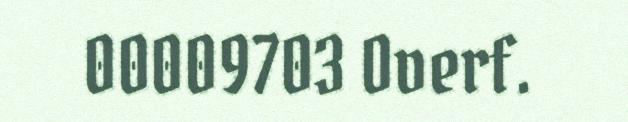
00009703 Overf.